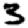
Digit: 3